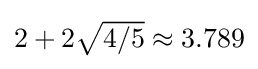
\textstyle 2+2{\sqrt {4/5}}\approx 3.789